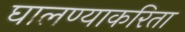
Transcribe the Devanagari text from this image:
घालण्याकरिता